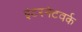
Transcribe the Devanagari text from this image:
इंटरनेटवर्क